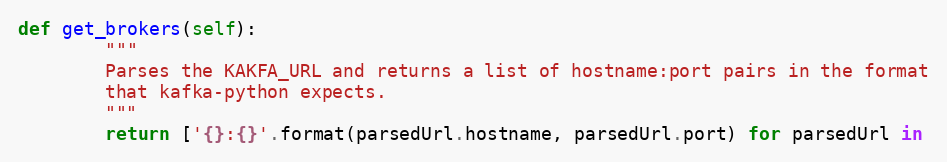
Language: Python
def get_brokers(self):
        """
        Parses the KAKFA_URL and returns a list of hostname:port pairs in the format
        that kafka-python expects.
        """
        return ['{}:{}'.format(parsedUrl.hostname, parsedUrl.port) for parsedUrl in